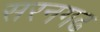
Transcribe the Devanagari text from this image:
सरनगढ